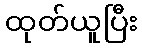
ထုတ်ယူပြီး